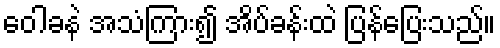
ဝေါခနဲ အသံကြား၍ အိပ်ခန်းထဲ ပြန်ပြေးသည်။